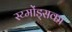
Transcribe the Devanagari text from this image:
स्य्मोंड्सका